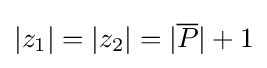
|z_{1}|=|z_{2}|=|{\overline {P}}|+1